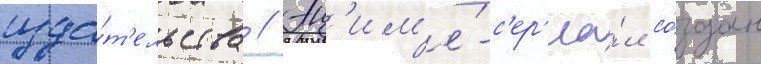
изда́т'ельства // Ан'им'е́-с'ер'иа́л со́здан